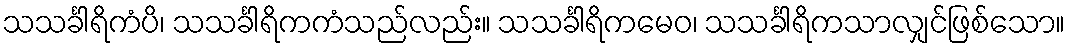
သသင်္ခါရိကံပိ၊ သသင်္ခါရိကကံသည်လည်း။ သသင်္ခါရိကမေဝ၊ သသင်္ခါရိကသာလျှင်ဖြစ်သော။